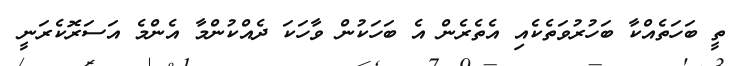
ތީ ބަހަތެއްކާ ބަހުރުވަތެކެއި އެތެރެން އެ ބަހަކުން ވާހަކަ ދެއްކުންމާ އެންމެ އަސަރޮކެރަނީ